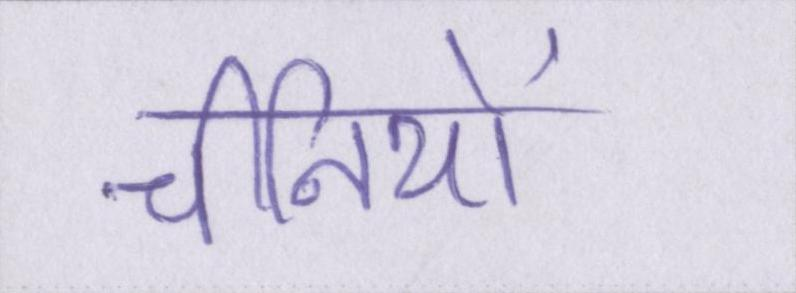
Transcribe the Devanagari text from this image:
चीनियों